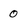
Character: 0